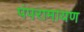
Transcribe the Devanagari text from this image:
पंपरामायण